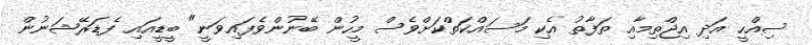
ސިއްހީ އަދި އިޖްތިމާއި ތަފާތު އެކި މަސައްކަތްކަށްވެސް މީހުން ބޭނުންވެފައިވަނީ" ބީޑީއައި ފެޑަރޭޝަނުން